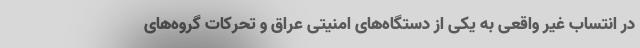
در انتساب غیر واقعی به یکی از دستگاه‌های امنیتی عراق و تحرکات گروه‌های